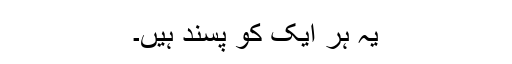
یہ ہر ایک کو پسند ہیں۔